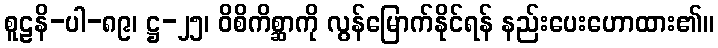
စူဠနိ-ပါ-၈၉၊ ဋ္ဌ-၂၅၊ ဝိစိကိစ္ဆာကို လွန်မြောက်နိုင်ရန် နည်းပေးဟောထား၏။